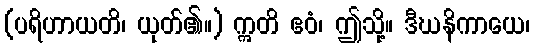
(ပရိဟာယတိ၊ ယုတ်၏။) ဣတိ ဧဝံ၊ ဤသို့။ ဒီဃနိကာယေ၊